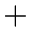
^ +